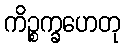
ကိဉ္စက္ခဟေတု